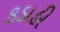
કડાહી